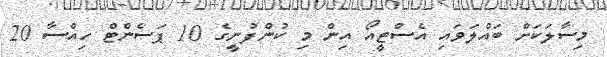
މިސާލަކަށް ބައްލަވައި އެސްޓީއޯ އިން މި ކުންފުނީގެ 10 ޕަސެންޓް ހިއްސާ 20